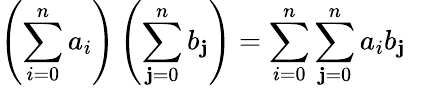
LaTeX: \left(\sum_{i=0}^{n}a_{i}\right)\left(\sum_{\mathbf{j}=0}^{n}b_{\mathbf{j}}\right)=\sum_{i=0}^{n}\sum_{\mathbf{j}=0}^{n}a_{i}b_{\mathbf{j}}\quad